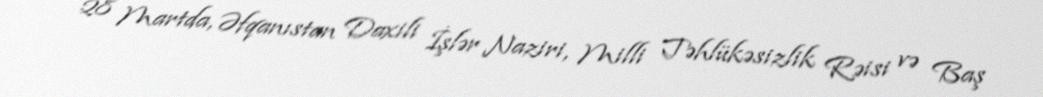
28 Martda, Əfqanıstan Daxili İşlər Naziri, Milli Təhlükəsizlik Rəisi və Baş